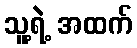
သူ့ရဲ့ အထက်